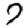
Digit: 7